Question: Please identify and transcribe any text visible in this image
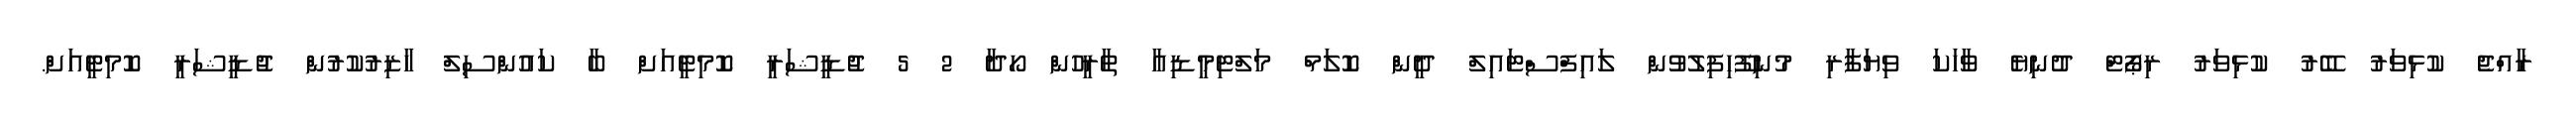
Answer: ރާއްޖެ ކުޅިވަރު ބޭރު ކުޅިވަރު ރިޕޯޓް ދުނިޔެ ވާހަކަ ވިޔަފާރި މުނިފޫހިފިލުވުން ލައިފްސްޓައިލް ދީން ކޮލަމް މަލްޓިމީޑިއާ ތާރީހުން ހޯދާ 2 5 ޖުޑީޝަރީ ކޮމިޓީއަށް ބާ ކައުންސިލް ހާޒިރުކުރުން ޖުޑީޝަރީ ކޮމިޓީއަށް.